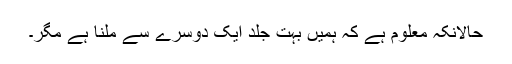
حالانکہ معلوم ہے کہ ہمیں بہت جلد ایک دوسرے سے ملنا ہے مگر۔